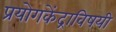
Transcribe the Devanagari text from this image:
प्रयोगकेंद्राविषयी